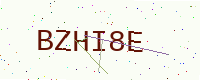
Text: BZHI8E